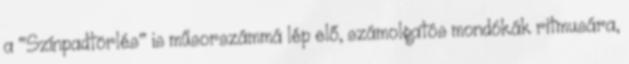
a "Színpadtörlés" is műsorszámmá lép elő, számolgatós mondókák ritmusára,